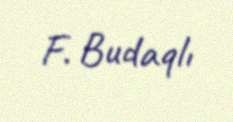
F. Budaqlı